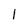
Character: l